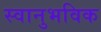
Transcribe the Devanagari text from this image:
स्वानुभविक